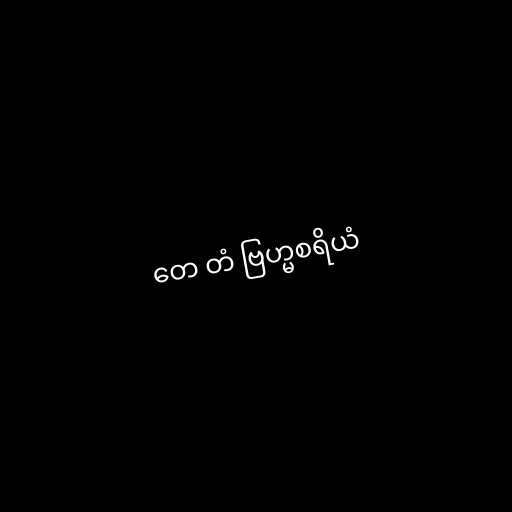
တေ တံ ဗြဟ္မစရိယံ